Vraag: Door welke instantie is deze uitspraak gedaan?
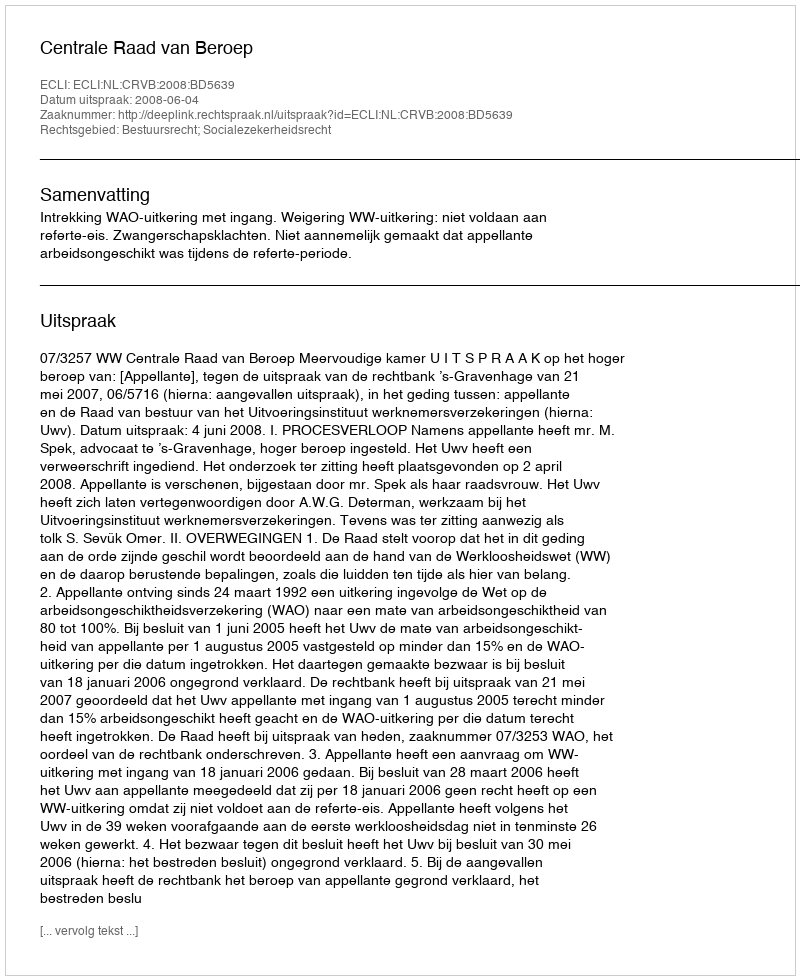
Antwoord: Centrale Raad van Beroep